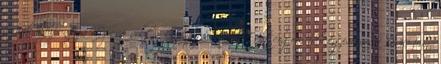
egyik központja Lipcse volt. Rudnay Sándor, Esztergom hercegprímása 1830-ban,